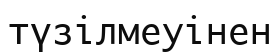
түзілмеуінен